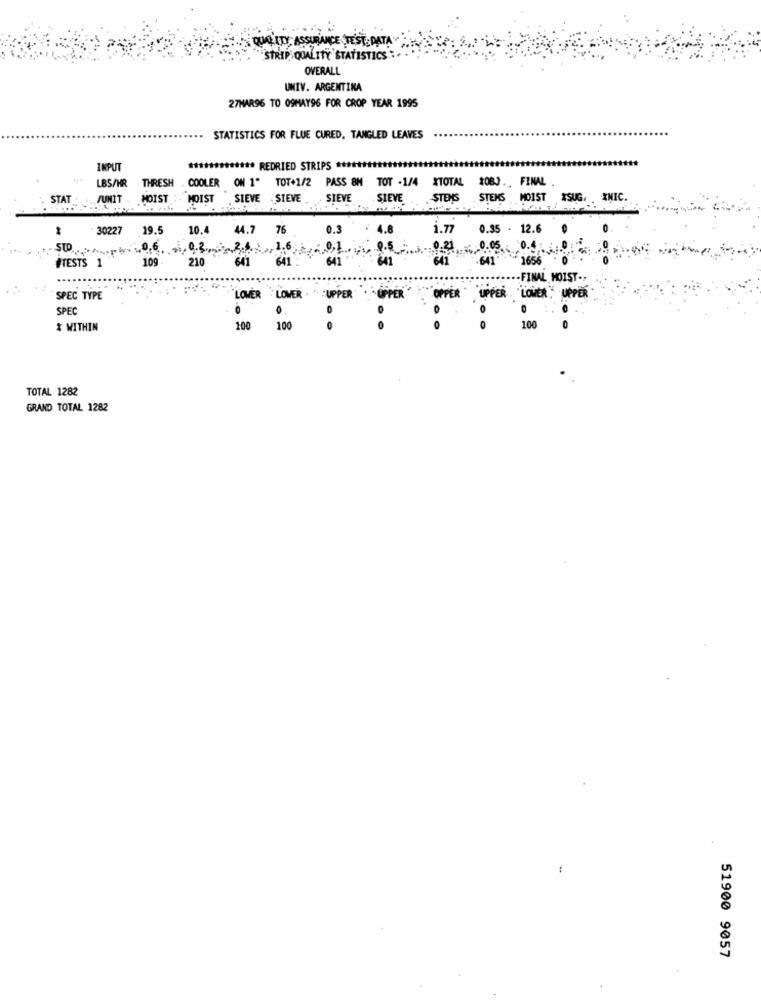
QUALITY ASSURANCE TEST DATA
STRIP QUALITY STATISTICS
OVERALL
UNIV. ARGENTINA
27MAR96 TO 09MAY96 FOR CROP YEAR 1995
STATISTICS FOR FLUE CURED, TANGLED LEAVES
INPUT
**** REDRIED STRIPS *****
COOLER ON 1" TOT+1/2 PASS 8M TOT -1/4 XTOTAL *OBJ .. FINAL
LBS/HR THRESH
STAT
JUNIT
HOIST
MOIST SIEVE
STEVE .
SIEVE
SIEVE
STEMS
STEMS MOIST XSUG. . XMIC.
30227
19.5
10.4
44.7
76
0.3
: 4.8
1.77
0.35 - 12.6
STD
109 .
210
641
641
641 :641
641
6471656
#TESTS 1
-FINAL MOIST .,
SPEC TYPE
LOWER LOVER . " "UPPER . "UPPER" :"OPPER" UPPER "LOVER" UPPER
SPEC
& WITHIN
100
100
:
0.
100
TOTAL 1282
GRAND TOTAL 1282
51900 9057